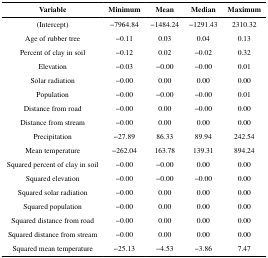
| Variable | Minimum | Mean | Median | Maximum |
 | --- | --- | --- | --- | --- |
 | (Intercept) | −7964.84 | −1484.24 | −1291.43 | 2310.32 |
 | Age of rubber tree | −0.11 | 0.03 | 0.04 | 0.13 |
 | Percent of clay in soil | −0.12 | 0.02 | −0.02 | 0.32 |
 | Elevation | −0.03 | −0.00 | −0.00 | 0.01 |
 | Solar radiation | −0.00 | 0.00 | 0.00 | 0.00 |
 | Population | −0.00 | −0.00 | −0.00 | 0.01 |
 | Distance from road | −0.00 | 0.00 | −0.00 | 0.00 |
 | Distance from stream | −0.00 | 0.00 | 0.00 | 0.00 |
 | Precipitation | −27.89 | 86.33 | 89.94 | 242.54 |
 | Mean temperature | −262.04 | 163.78 | 139.31 | 894.24 |
 | Squared percent of clay in soil | −0.00 | −0.00 | 0.00 | 0.00 |
 | Squared elevation | −0.00 | −0.00 | −0.00 | 0.00 |
 | Squared solar radiation | −0.00 | 0.00 | 0.00 | 0.00 |
 | Squared population | −0.00 | 0.00 | 0.00 | 0.00 |
 | Squared distance from road | −0.00 | 0.00 | 0.00 | 0.00 |
 | Squared distance from stream | −0.00 | 0.00 | 0.00 | 0.00 |
 | Squared mean temperature | −25.13 | −4.53 | −3.86 | 7.47 |